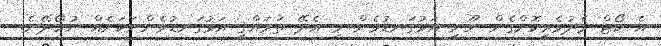
އެ ކޯޓް މެދުވެރިކޮށްގެން ނޫނީ އަޅުގަނޑުމެން މި އެދޭ ތަރައްޤީ އަޅުގަނޑުމެންނަކަށެއް ނުހޯދޭނެ.